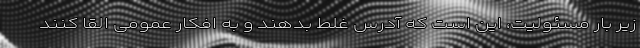
زیر بار مسئولیت، این است که آدرس غلط بدهند و به افکار عمومی القا کنند